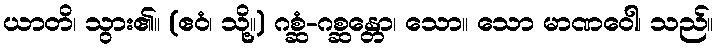
ယာတိ၊ သွား၏။ (ဧဝံ၊ သို့။) ဂစ္ဆံ-ဂစ္ဆန္တော၊ သော။ သော မာဏဝေါ၊ သည်။